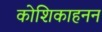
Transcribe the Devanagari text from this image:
कोशिकाहनन